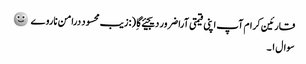
قارئین کرام آپ اپنی قیمتی آرا ضرور دیجیئے گا ِ (:زیب محسود درامن ناروے 🙂
سوال ۱۔